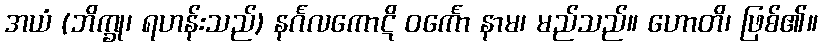
အယံ (ဘိက္ခု၊ ရဟန်းသည်) နင်္ဂလကောဋိ ဝင်္ကော နာမ၊ မည်သည်။ ဟောတိ၊ ဖြစ်၏။